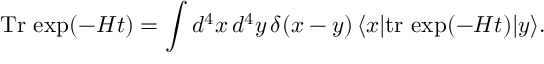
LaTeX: \mathrm { T r } \, \exp ( - H t ) = \int d ^ { 4 } x \, d ^ { 4 } y \, \delta ( x - y ) \, \langle x | \mathrm { t r } \, \exp ( - H t ) | y \rangle .